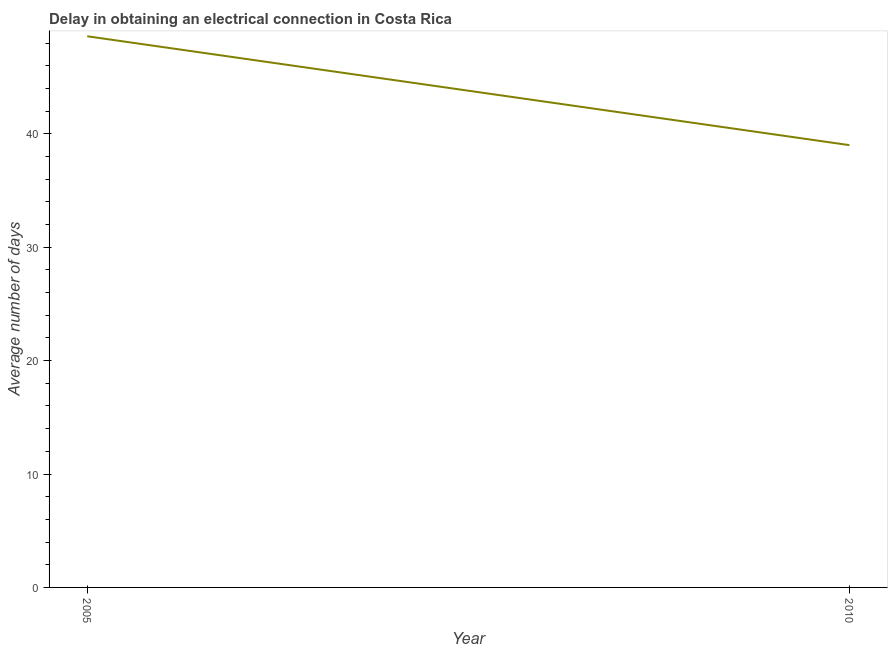
| Year | Dalay in Electrical connection |
 | --- | --- |
 | 2005 | 48.6 |
 | 2010 | 39 |